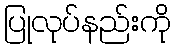
ပြုလုပ်နည်းကို